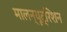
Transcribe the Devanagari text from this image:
मालन्यूट्रिशन